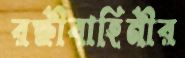
রক্ষীবাহিনীর